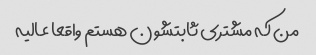
من که مشتری ثابتشون هستم واقعا عالیه